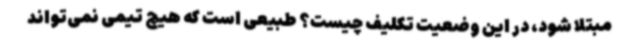
مبتلا شود، در این وضعیت تکلیف چیست؟ طبیعی است که هیچ تیمی نمی‌تواند